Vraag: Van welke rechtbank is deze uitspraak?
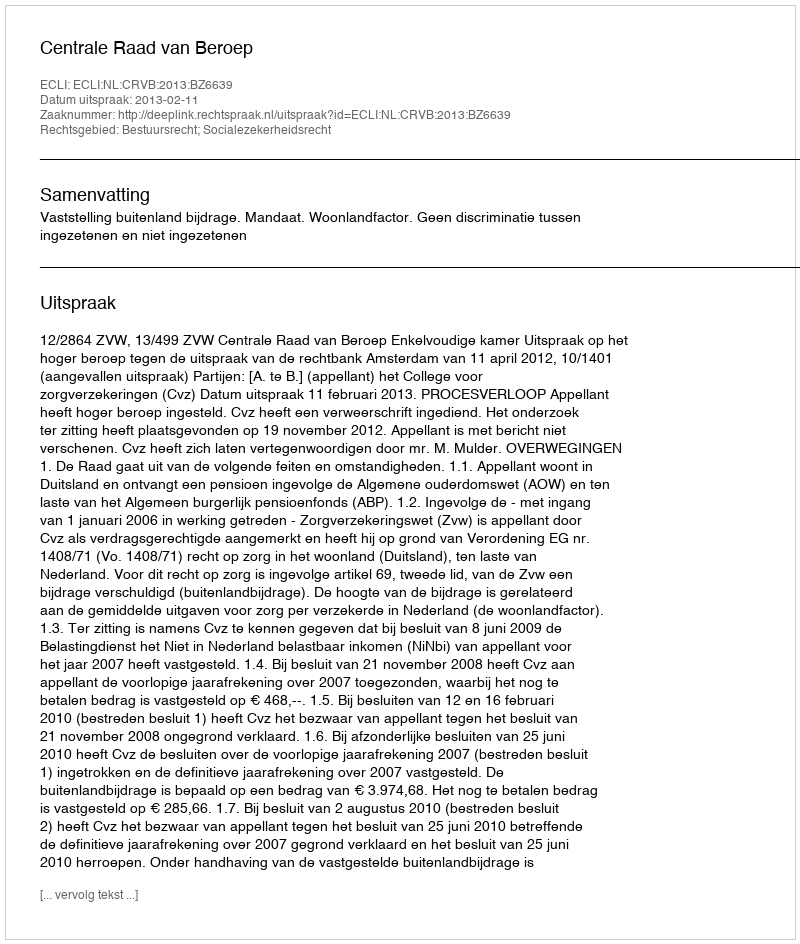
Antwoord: Centrale Raad van Beroep